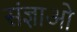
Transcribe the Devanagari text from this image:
संज्ञाओ